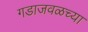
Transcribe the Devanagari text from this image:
गडाजवळच्या